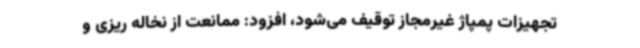
تجهیزات پمپاژ غیرمجاز توقیف می‌شود، افزود: ممانعت از نخاله ریزی و